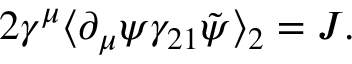
2 \gamma ^ { \mu } \langle \partial _ { \mu } \psi \gamma _ { 2 1 } \tilde { \psi } \rangle _ { 2 } = { \cal J } .